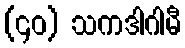
(၄၀) သကဒါဂါမီ